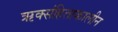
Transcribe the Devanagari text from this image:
ऋक्संहिताकालीन